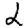
Digit: 2